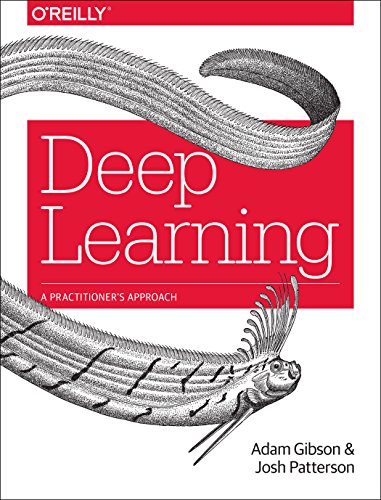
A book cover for Deep Learning: A Practitioner's Approach; Adam Gibson; Computers & Technology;